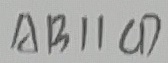
A B / / C D